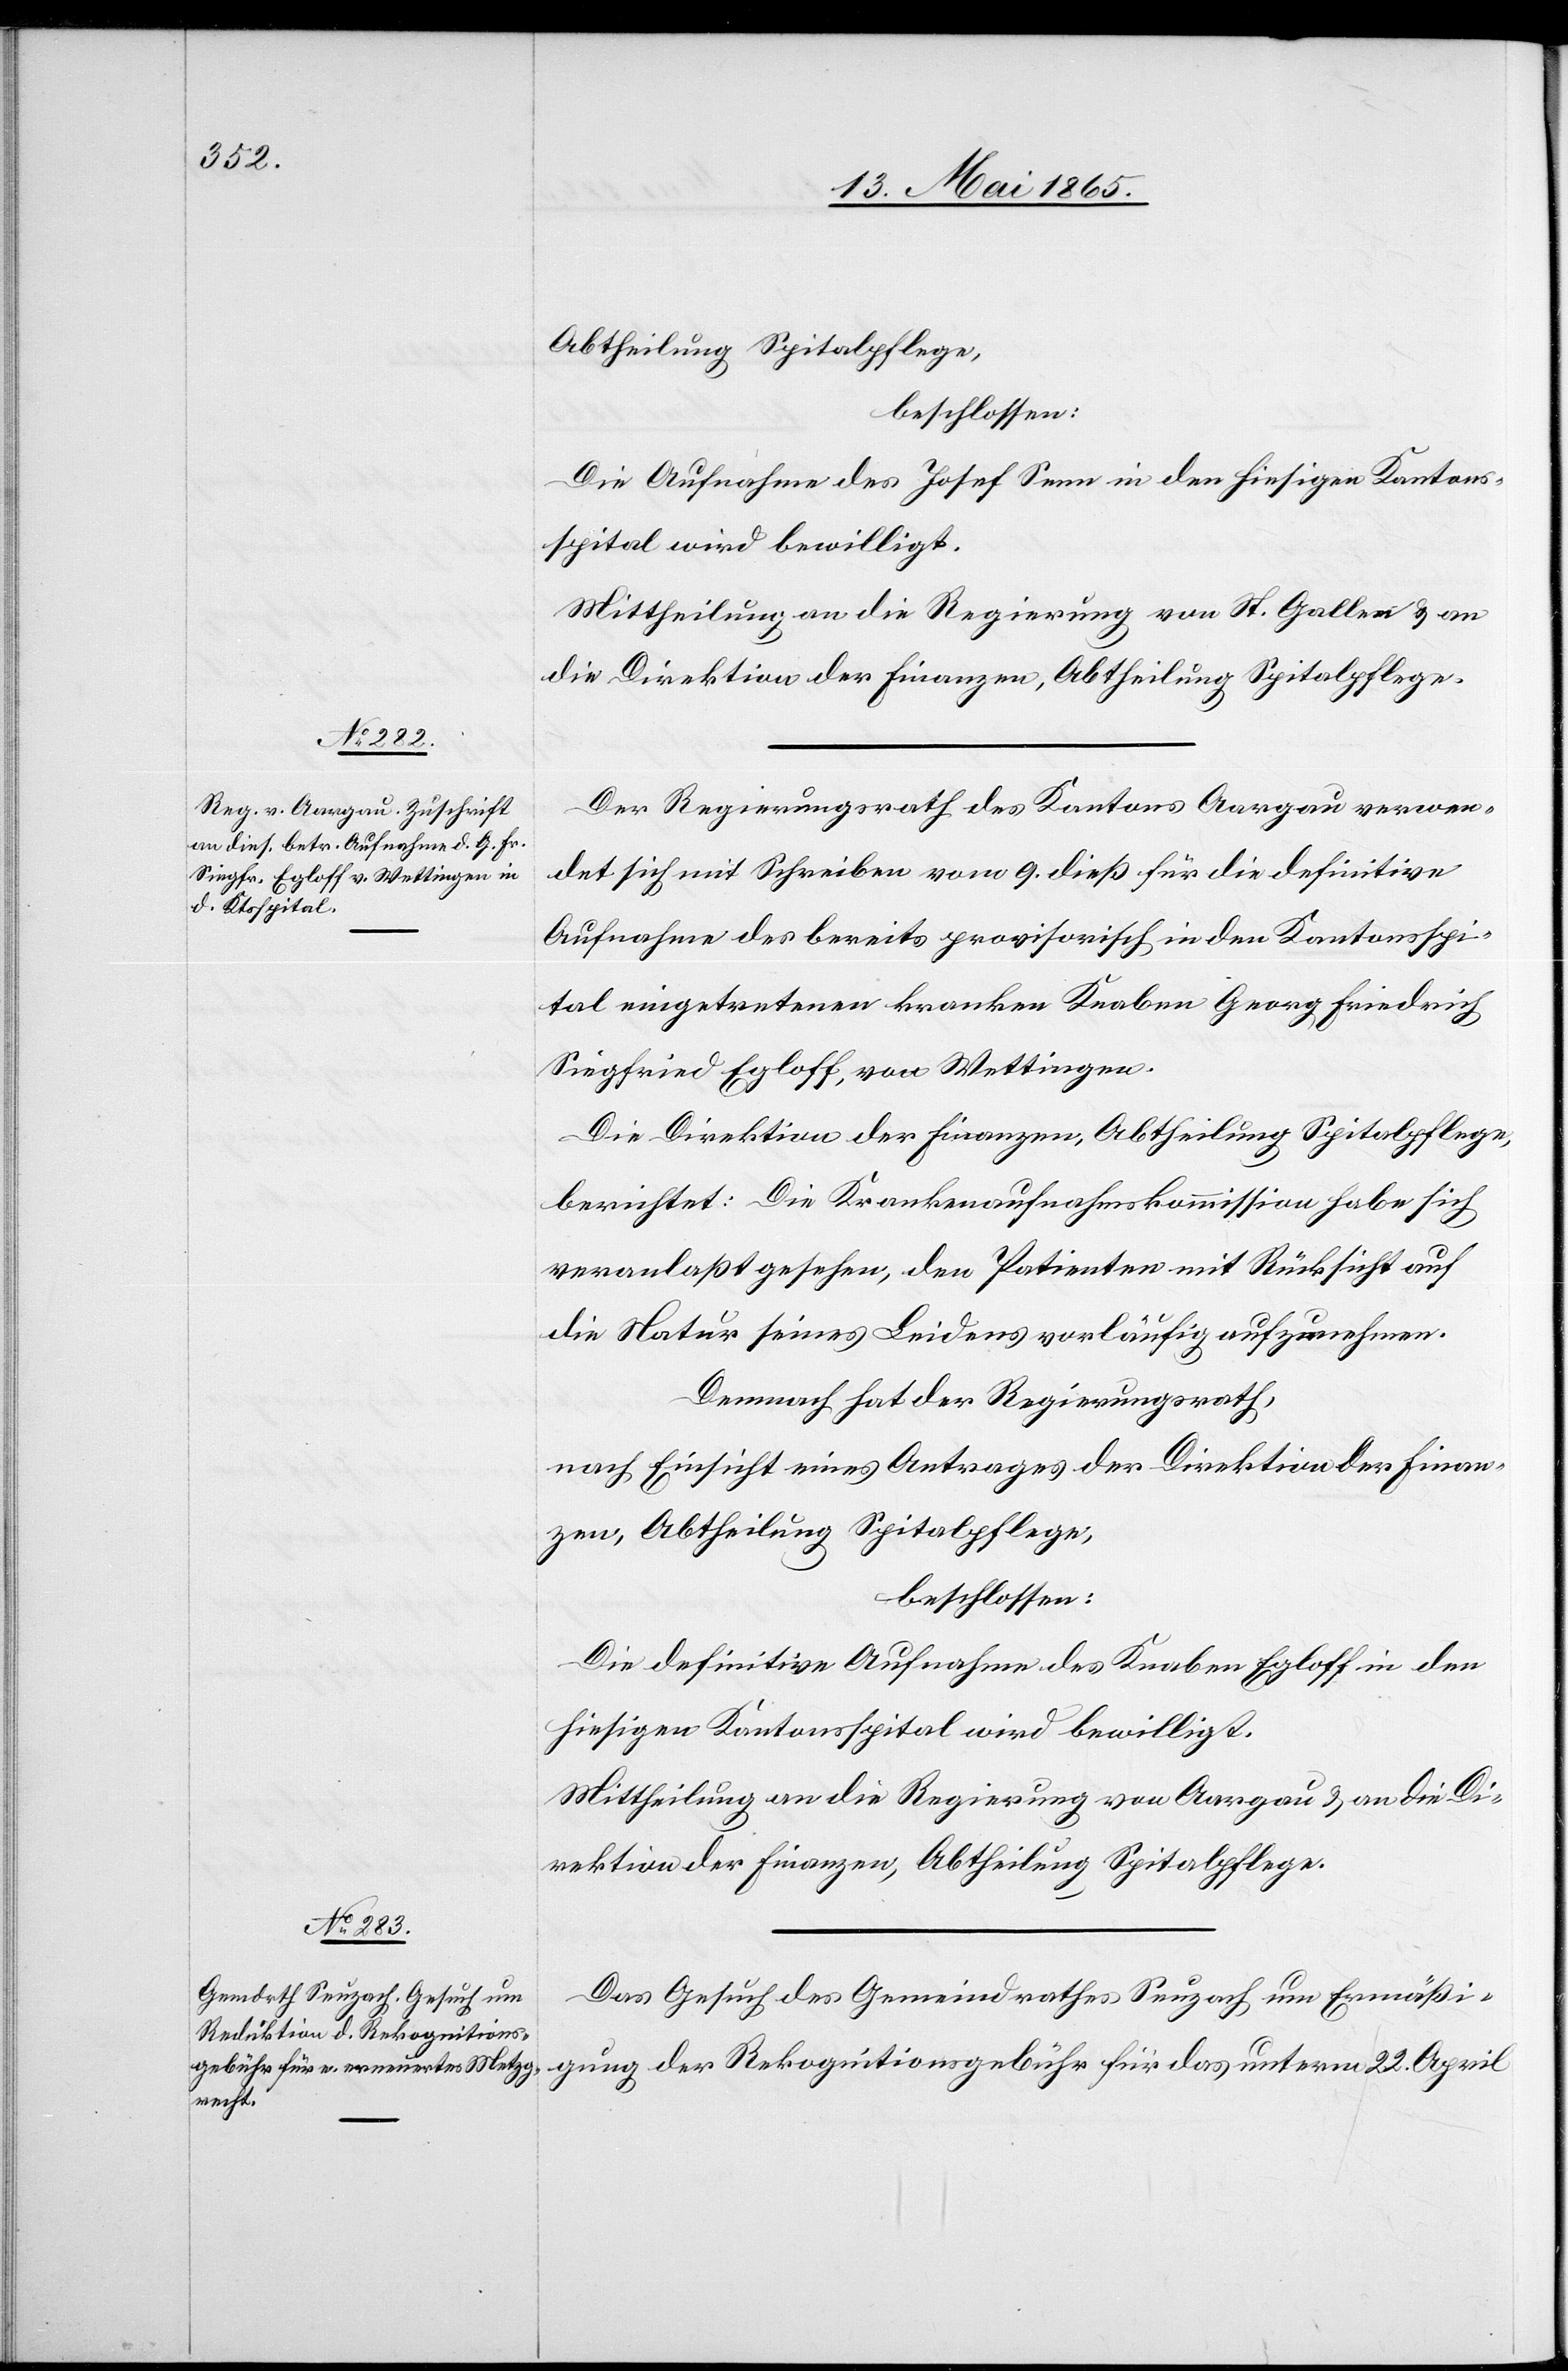
13. Mai 1865.]
Abtheilung Spitalpflege,
beschlossen:
Die Aufnahme des Josef Senn in den hiesigen Kantons¬
spital wird bewilligt.
Mittheilung an die Regierung von St. Gallen & an
die Direktion der Finanzen, Abtheilung Spitalpflege.
Der Regierungsrath des Kantons Aargau verwen¬
det sich mit Schreiben vom 9. dieß für die definitive
Aufnahme des bereits provisorisch in den Kantonsspi¬
tal eingetretenen kranken Knaben Georg Friedrich
Siegfried Egloff, von Wettingen.
Die Direktion der Finanzen, Abtheilung Spitalpflege,
berichtet: Die Krankenaufnahmskommission habe sich
veranlaßt gesehen, den Patienten mit Rücksicht auf
die Natur seines Leidens vorläufig aufzunehmen.
Demnach hat der Regierungsrath,
nach Einsicht eines Antrages der Direktion der Finan¬
zen, Abtheilung Spitalpflege,
beschlossen:
Die definitive Aufnahme des Knaben Egloff in den
hiesigen Kantonsspital wird bewilligt.
Mittheilung an die Regierung von Aargau & an die D¬
irektion der Finanzen, Abtheilung Spitalpflege.
Das Gesuch des Gemeindrathes Seuzach um Ermäßi¬
gung der Rekognitionsgebühr für das unterm 22. April